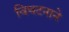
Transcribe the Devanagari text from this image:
विघटनाने